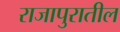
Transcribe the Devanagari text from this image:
राजापुरातील